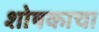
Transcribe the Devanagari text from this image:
शोषकाचा